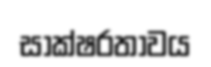
සාක්ෂරතාවය